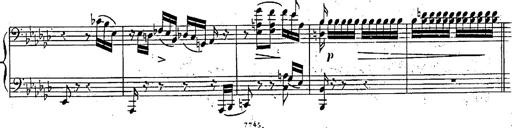
Title: Marche et Cavatine de Lucie de Lammermoor, S.398
Composer: Franz Liszt